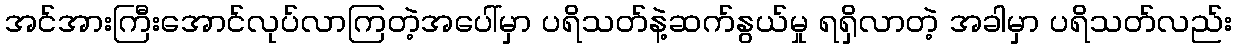
အင်အားကြီးအောင်လုပ်လာကြတဲ့အပေါ်မှာ ပရိသတ်နဲ့ဆက်နွယ်မှု ရရှိလာတဲ့ အခါမှာ ပရိသတ်လည်း